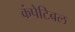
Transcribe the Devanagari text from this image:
कंपेटिबल